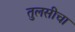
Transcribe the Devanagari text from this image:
तुलसीचा